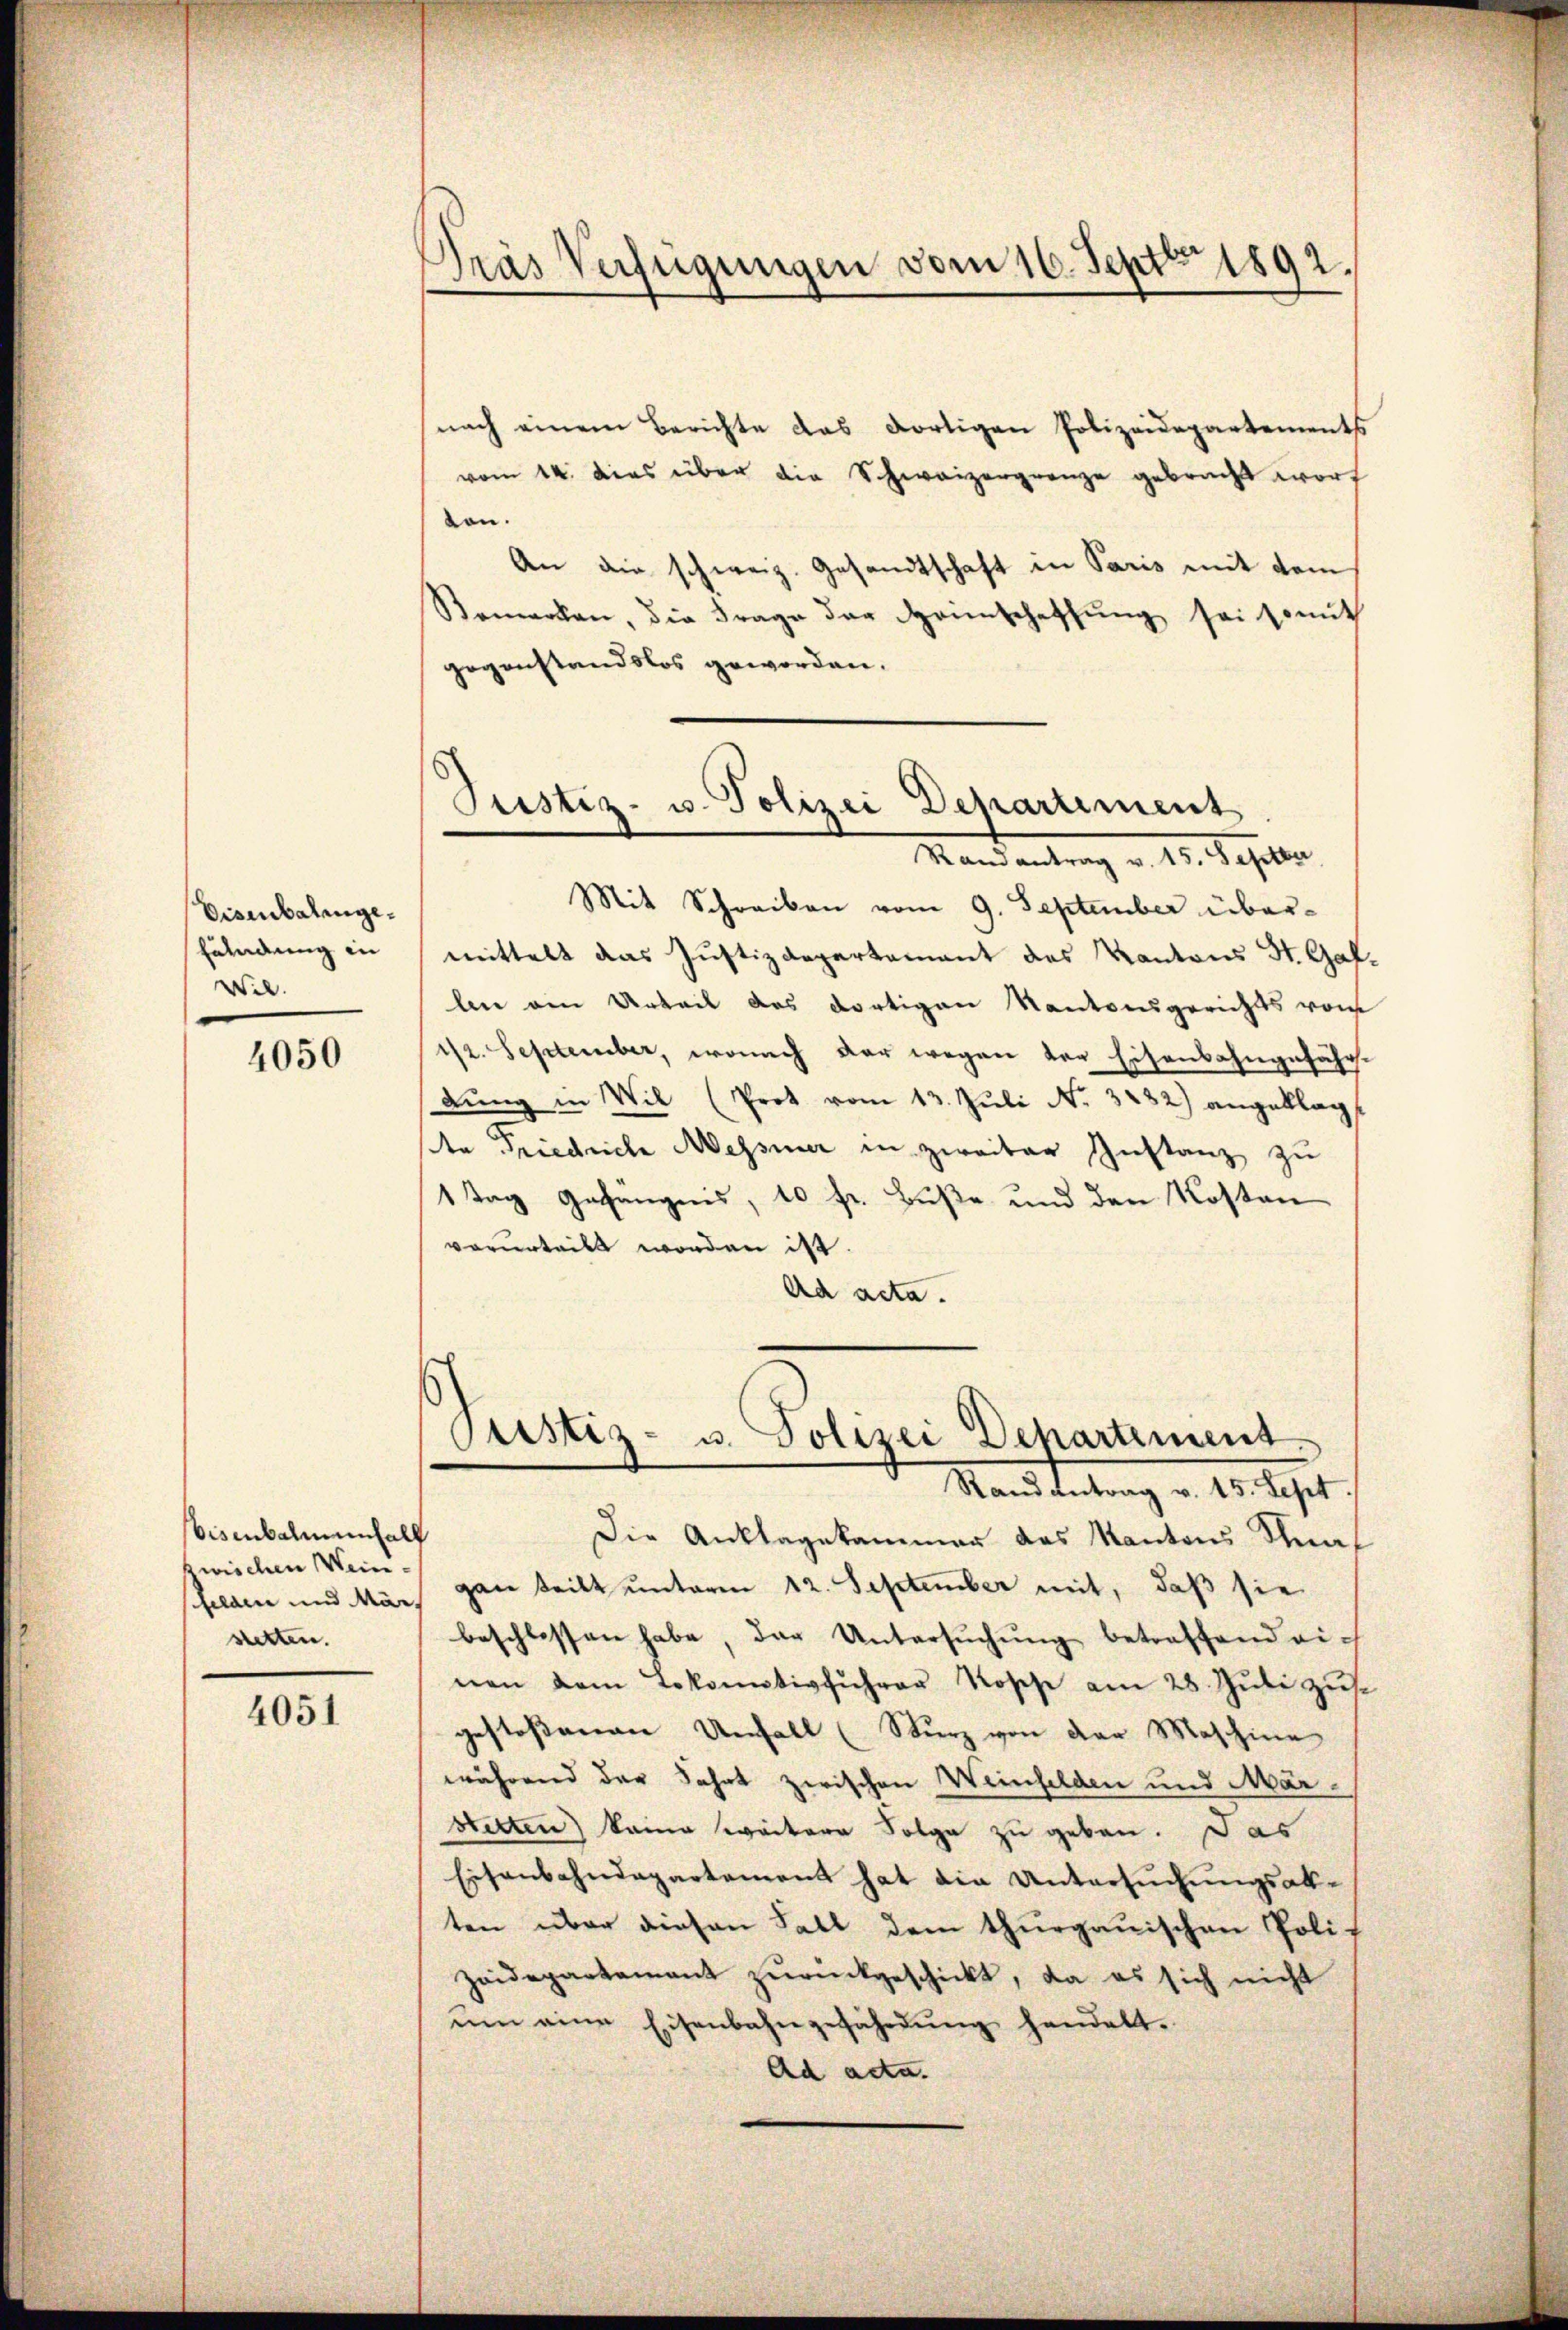
Eisenbatengefändung in
Wil.

4050

bisenbalmenhalt
zwischen Wein.
sclain und Mar
stetten.

4051

Tras Verfügungen vom 16. Sept 1892.

Justiz- u. Polizei Dehartement

Justiz- u. Polizei Departement.
Randantrag v. 15. Sept.

nach einem Berichte das dortigen Polizeidepartements
vom 14. dies über die Schweizergrenze gebracht wort
ten.
An die schweiz. Gesandtschaft in Paris mit dem
Bemerken, die Frage der Heimschaffŭng sei somit
gegenstandslos geworden.
Mandantrag v. 15. Septbr.
Mit Schreiben vom 9. September übermittelt das Justizdepartement des Kantons St. Gallen ain Urteil des dortigen Kantonsgerichts vom
11/2. September, wonach der wegen der Eisenbahngefährdung in Wil (Prot vom 13. Juli Nr. 3232) angeklagt
te Friedrich Messiner in zweiter Instanz zu
1 Tag Gefängnis, 10 fr. Buße und den Kosten
verurteilt worden ist.
Ad acta.

Die Anklagekammer das Kantons Stagan teilt ŭnterm 12. September mit, daβ sie
beschlossen habe, das Untersŭchŭng betreffend einen dem Lokomotivführer Roses am 28. Juli zusgestoßenen Unfall (Sturz von der Maschine
während der Fahrt zwischen Weinfelden und Mar¬
Stetten) keine weitere Folge zu geben. Das
Eisenbahndepartement hat die Untersuchungsabten über diesen Fall dem thurgauischen Polit
Zeidepartement zurückgeschickt, da es sich nicht
ŭm eine Eisenbahngefährdŭng handelt.
Ad acta.